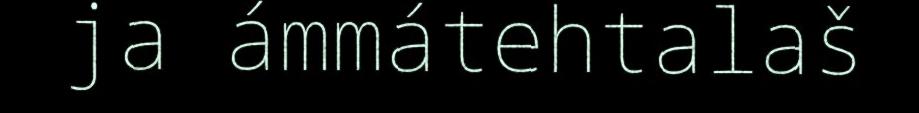
ja ámmátehtalaš